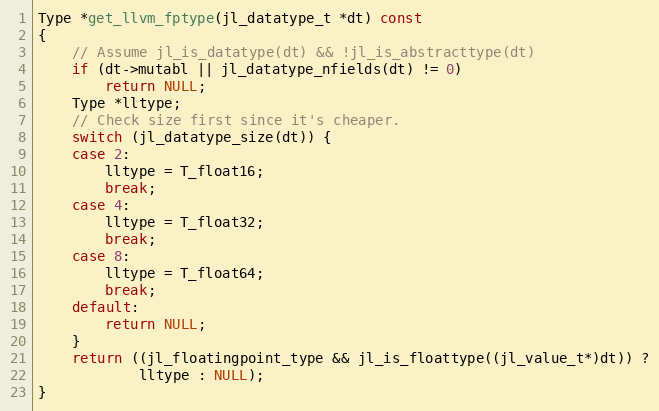
Language: C++
Type *get_llvm_fptype(jl_datatype_t *dt) const
{
    // Assume jl_is_datatype(dt) && !jl_is_abstracttype(dt)
    if (dt->mutabl || jl_datatype_nfields(dt) != 0)
        return NULL;
    Type *lltype;
    // Check size first since it's cheaper.
    switch (jl_datatype_size(dt)) {
    case 2:
        lltype = T_float16;
        break;
    case 4:
        lltype = T_float32;
        break;
    case 8:
        lltype = T_float64;
        break;
    default:
        return NULL;
    }
    return ((jl_floatingpoint_type && jl_is_floattype((jl_value_t*)dt)) ?
            lltype : NULL);
}